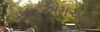
આઇએમઆઇ